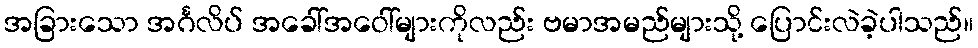
အခြားသော အင်္ဂလိပ် အခေါ်အဝေါ်များကိုလည်း ဗမာအမည်များသို့ ပြောင်းလဲခဲ့ပါသည်။